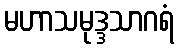
မဟာသမုဒ္ဒသာဂရံ